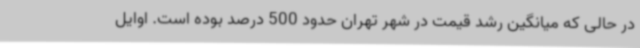
در حالی که میانگین رشد قیمت در شهر تهران حدود 500 درصد بوده است. اوایل